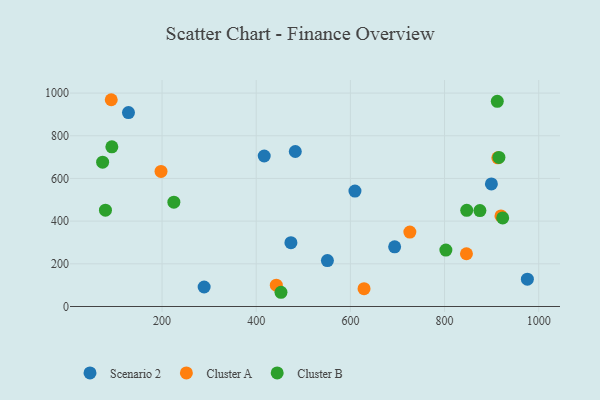
{"axis": {"x": "Ad Spend", "y": "Sales"}, "legend": ["Cluster A", "Cluster B", "Scenario 2"], "data": [{"x": "694.0", "y": 279.7, "type": "Scenario 2"}, {"x": "483.0", "y": 726.3, "type": "Scenario 2"}, {"x": "417.0", "y": 705.1, "type": "Scenario 2"}, {"x": "899.5", "y": 574.4, "type": "Scenario 2"}, {"x": "975.9", "y": 127.9, "type": "Scenario 2"}, {"x": "609.7", "y": 540.6, "type": "Scenario 2"}, {"x": "128.7", "y": 908.7, "type": "Scenario 2"}, {"x": "551.2", "y": 215.3, "type": "Scenario 2"}, {"x": "473.7", "y": 298.9, "type": "Scenario 2"}, {"x": "289.4", "y": 91.5, "type": "Scenario 2"}, {"x": "726.3", "y": 348.9, "type": "Cluster A"}, {"x": "846.5", "y": 247.3, "type": "Cluster A"}, {"x": "629.0", "y": 83.8, "type": "Cluster A"}, {"x": "913.1", "y": 696.8, "type": "Cluster A"}, {"x": "442.7", "y": 100.1, "type": "Cluster A"}, {"x": "197.8", "y": 633.0, "type": "Cluster A"}, {"x": "919.8", "y": 424.5, "type": "Cluster A"}, {"x": "92.1", "y": 968.8, "type": "Cluster A"}, {"x": "923.5", "y": 415.0, "type": "Cluster B"}, {"x": "452.6", "y": 66.7, "type": "Cluster B"}, {"x": "79.8", "y": 451.4, "type": "Cluster B"}, {"x": "875.1", "y": 449.6, "type": "Cluster B"}, {"x": "93.4", "y": 748.3, "type": "Cluster B"}, {"x": "73.8", "y": 676.4, "type": "Cluster B"}, {"x": "912.0", "y": 961.1, "type": "Cluster B"}, {"x": "915.5", "y": 698.6, "type": "Cluster B"}, {"x": "847.1", "y": 450.8, "type": "Cluster B"}, {"x": "225.1", "y": 488.9, "type": "Cluster B"}, {"x": "802.8", "y": 264.6, "type": "Cluster B"}]}